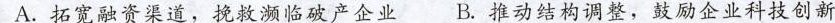
A.拓宽融资渠道，挽救濒临破产企业B.推动结构调整，鼓励企业科技创新